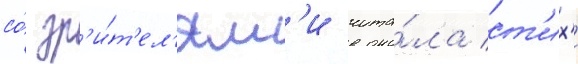
со́ зр'и́т'ел'ям'и чита́ла ст'их'и